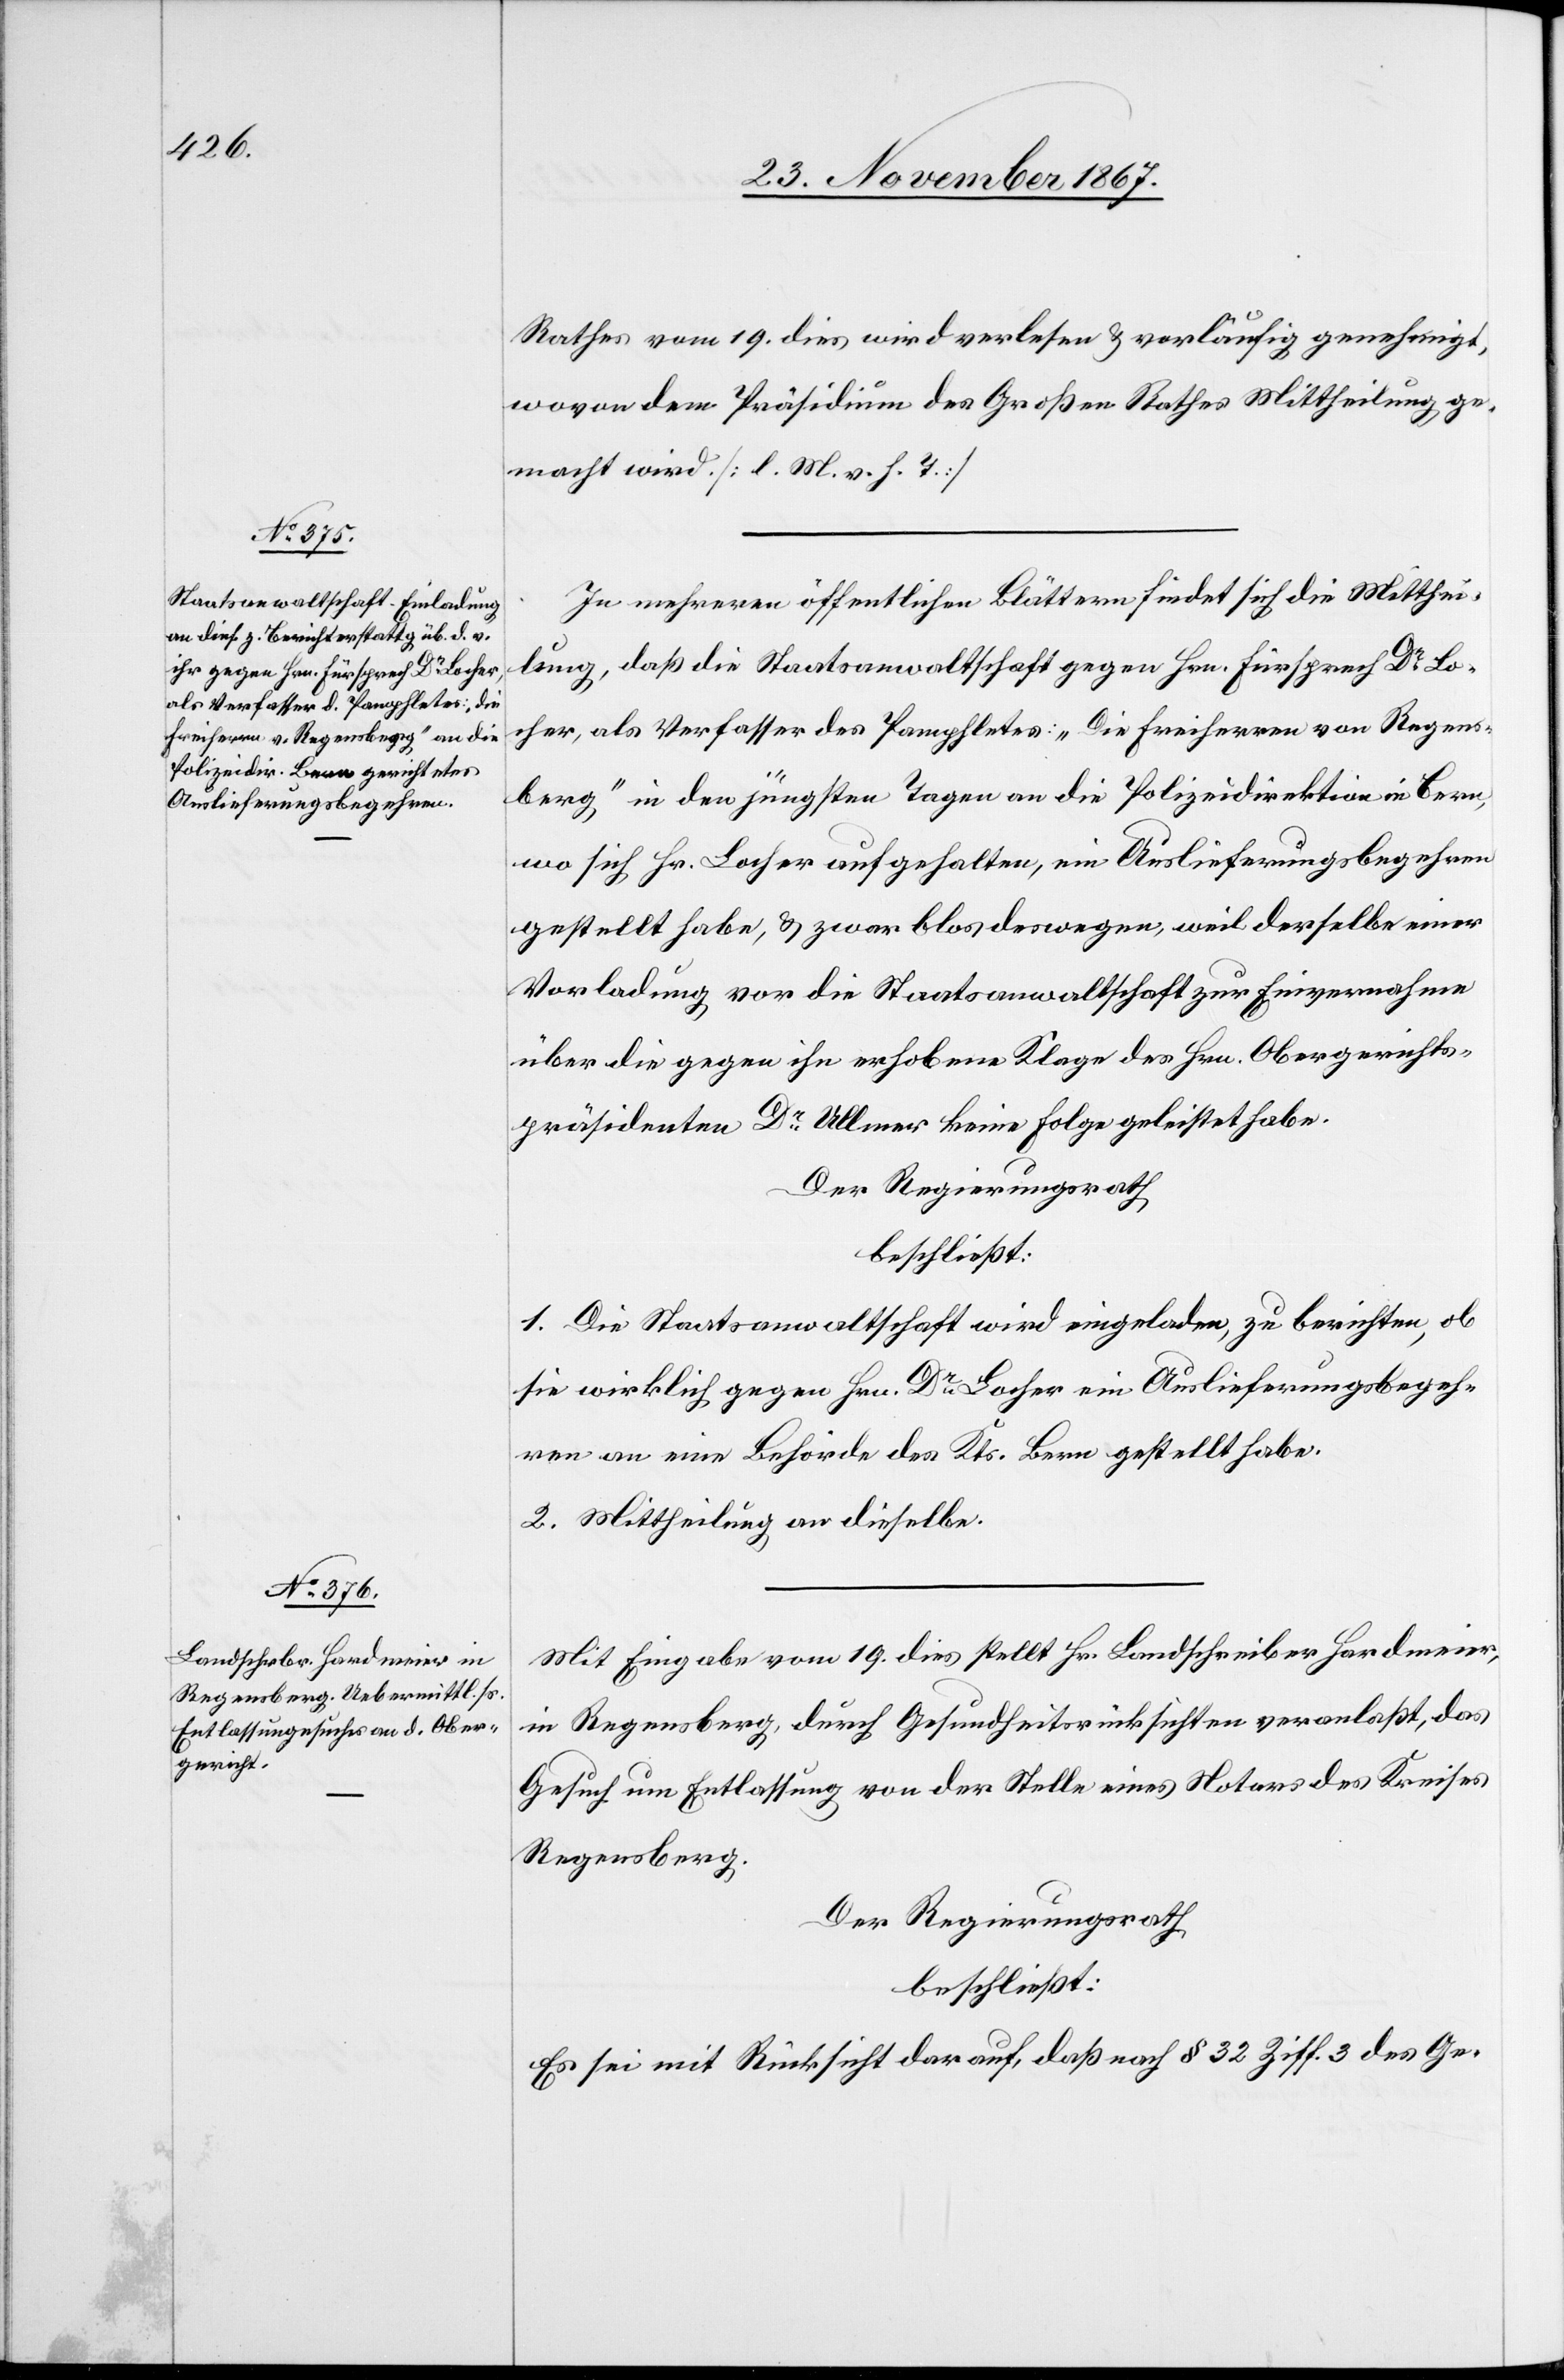
Rathes vom 19. dies wird verlesen u. vorläufig genehmigt,
wovon dem Präsidium des Großen Rathes Mittheilung ge¬
macht wird. [l. M. v. h. T.]
In mehreren öffentlichen Blättern findet sich die Mitthei¬
lung, daß die Staatsanwaltschaft gegen Hrn. Fürsprech Dr Lo¬
cher, als Verfasser des Pamphletes: „Die Freiherren von Regens¬
berg“, in den jüngsten Tagen an die Polizeidirektion in Bern,
wo sich Hr. Locher aufgehalten, ein Auslieferungsbegehren
gestellt habe, u. zwar blos deswegen, weil derselbe einer
Vorladung vor die Staatsanwaltschaft zur Einvernahme
über die gegen ihn erhobene Klage des Hrn Obergerichts¬
präsidenten Dr Ullmer keine Folge geleistet habe.
Der Regierungsrath
beschließt:
1. Die Staatsanwaltschaft wird eingeladen, zu berichten, ob
sie wirklich gegen Hrn. Dr Locher ein Auslieferungsbegeh¬
ren an eine Behörde des Kts. Bern gestellt habe.
2. Mittheilung an dieselbe.
Mit Eingabe vom 19. dies stellt Hr. Landschreiber Hardmeier,
in Regensberg, durch Gesundheitsrücksichten veranlaßt, das
Gesuch um Entlassung von der Stelle eines Notars des Kreises
Regensberg.
Der Regierungsrath
beschließt:
Es sei mit Rücksicht darauf, daß nach § 32 Ziff. 3 des Ge-